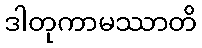
ဒါတုကာမဿာတိ